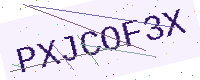
Text: PXJCOF3X